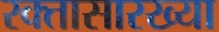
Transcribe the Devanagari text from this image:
रक्तासारख्या